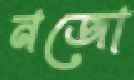
নজো